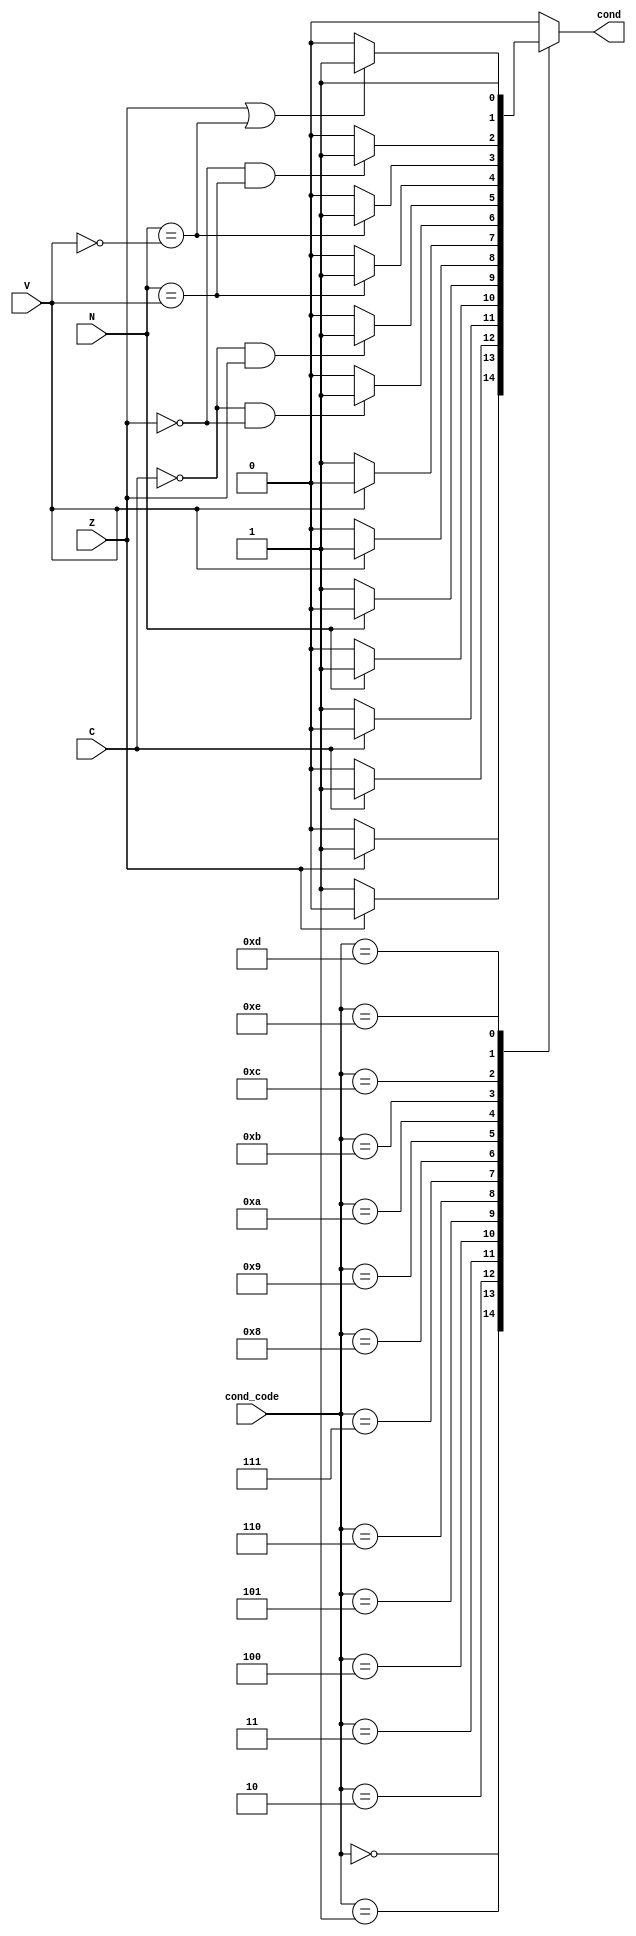
// N Z C V
module ConditionTester (output reg cond, input [3:0] cond_code, input N, Z, C, V);
    always @ (cond_code, N, Z, C, V)
    begin
        cond = 0;
        case(cond_code)
            4'b0000: if(Z == 1) cond = 1;   // EQ Equal
            4'b0001: if(Z == 0) cond = 1;   // NE Not Equal
            4'b0010: if(C == 1) cond = 1;   // CS/HS Unsigned Higher or Same
            4'b0011: if(C == 0) cond = 1;   // CC/LO Unsigned Lower
            4'b0100: if(N == 1) cond = 1;   // MI Minus
            4'b0101: if(N == 0) cond = 1;   // PL Positive or Zero
            4'b0110: if(V == 1) cond = 1;   // VS Overflow
            4'b0111: if(V == 0) cond = 1;   // VC No Overflow
            4'b1000: if(C == 0 && Z == 0) cond = 1;   // HI Unsigned Higher
            4'b1001: if(C == 0 && Z == 1) cond = 1;   // LS Unsigned Lower or Same
            4'b1010: if(N == V) cond = 1;   // GE Greater or Equal
            4'b1011: if(N == ~V) cond = 1;   // LT Less Than
            4'b1100: if(Z == 0 && N == V) cond = 1;   // GT Great Than
            4'b1101: if(Z == 1 || N == ~V) cond = 1;   // LE Less Than or Equal
            4'b1110: cond = 1;   // AL Always
            default: cond = 0;
        endcase
    end
endmodule